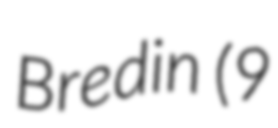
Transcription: Bredin (9